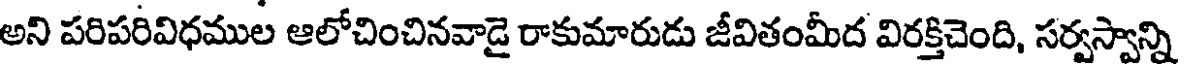
అని పరిపరివిధముల ఆలోచించినవాడై రాకుమారుడు జీవితంమీద విరక్తిచెంది, సర్వస్వాన్ని